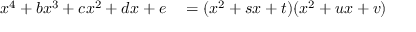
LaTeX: \begin{array} { r l } { x ^ { 4 } + b x ^ { 3 } + c x ^ { 2 } + d x + e } & { { } = ( x ^ { 2 } + s x + t ) ( x ^ { 2 } + u x + v ) } \end{array}